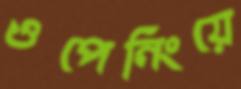
ওপেনিংয়ে